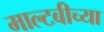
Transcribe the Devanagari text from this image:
माल्टबीच्या